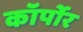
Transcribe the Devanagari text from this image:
कॉर्पोर